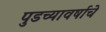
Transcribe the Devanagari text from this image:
पुडच्यावर्षाचे